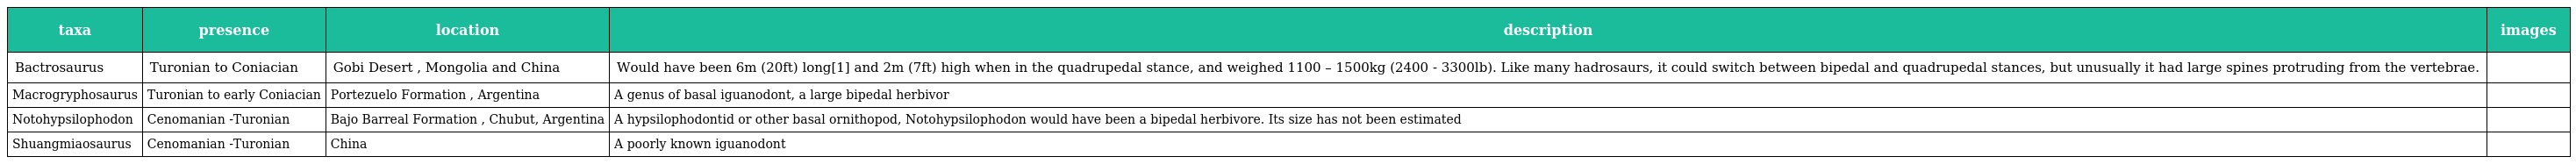
| taxa | presence | location | description | images |
 | --- | --- | --- | --- | --- |
 | Bactrosaurus | Turonian to Coniacian | Gobi Desert , Mongolia and China | Would have been 6m (20ft) long[1] and 2m (7ft) high when in the quadrupedal stance, and weighed 1100 – 1500kg (2400 - 3300lb). Like many hadrosaurs, it could switch between bipedal and quadrupedal stances, but unusually it had large spines protruding from the vertebrae. |  |
 | Macrogryphosaurus | Turonian to early Coniacian | Portezuelo Formation , Argentina | A genus of basal iguanodont, a large bipedal herbivor |  |
 | Notohypsilophodon | Cenomanian -Turonian | Bajo Barreal Formation , Chubut, Argentina | A hypsilophodontid or other basal ornithopod, Notohypsilophodon would have been a bipedal herbivore. Its size has not been estimated |  |
 | Shuangmiaosaurus | Cenomanian -Turonian | China | A poorly known iguanodont |  |